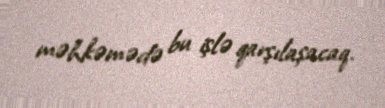
məhkəmədə bu işlə qarşılaşacaq.